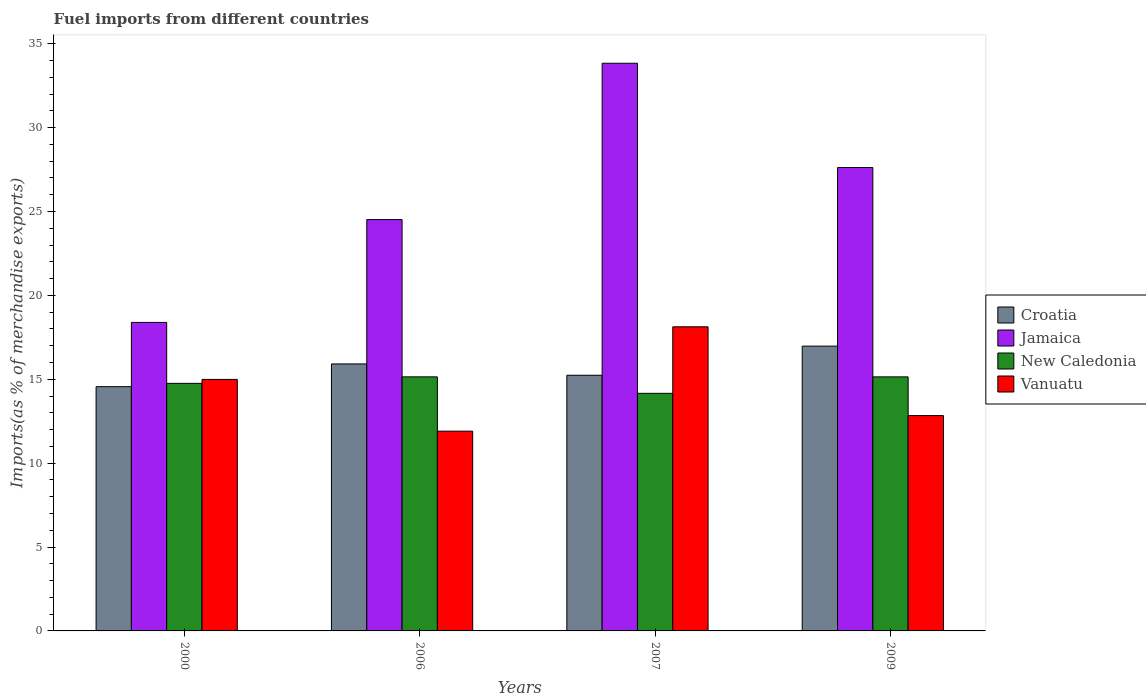
| Years | Croatia | Jamaica | New Caledonia | Vanuatu |
 | --- | --- | --- | --- | --- |
 | 2000 | 14.6 | 18.4 | 14.8 | 15 |
 | 2006 | 15.9 | 24.5 | 15.1 | 11.9 |
 | 2007 | 15.2 | 33.8 | 14.2 | 18.1 |
 | 2009 | 17 | 27.6 | 15.1 | 12.8 |